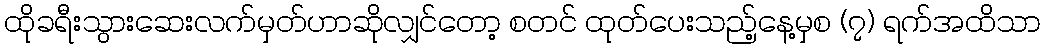
ထိုခရီးသွားဆေးလက်မှတ်ဟာဆိုလျှင်တော့ စတင် ထုတ်ပေးသည့်နေ့မှစ (၇) ရက်အထိသာ